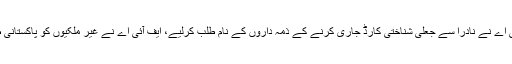
اے آر وائی نیوز پر سر عام ٹیم کے انکشاف کے بعد ایف آئی اے نے نادرا سے جعلی شناختی کارڈ جاری کرنے کے ذمہ داروں کے نام طلب کرلیے، ایف آئی اے نے غیر ملکیوں کو پاکستانی ظاہر کرنے والے پاکستان خاندانوں کا ڈیٹا بھی طلب کیا ہے۔